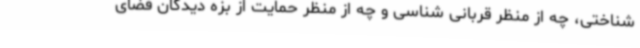
شناختی، چه از منظر قربانی شناسی و چه از منظر حمایت از بزه دیدگان فضای